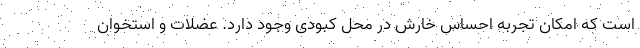
است که امکان تجربه احساس خارش در محل کبودی وجود دارد. عضلات و استخوان